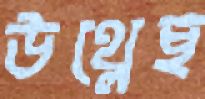
উথ্‌লেছ